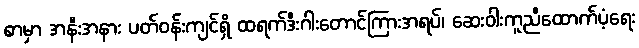
စာမှာ အနီးအနား ပတ်ဝန်းကျင်ရှိ ထရက်ဒီးဂါးတောင်ကြားအရပ်၊ ဆေးဝါးကူညီထောက်ပံ့ရေး